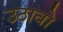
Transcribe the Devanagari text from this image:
उठावो